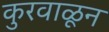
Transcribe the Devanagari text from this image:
कुरवाळून